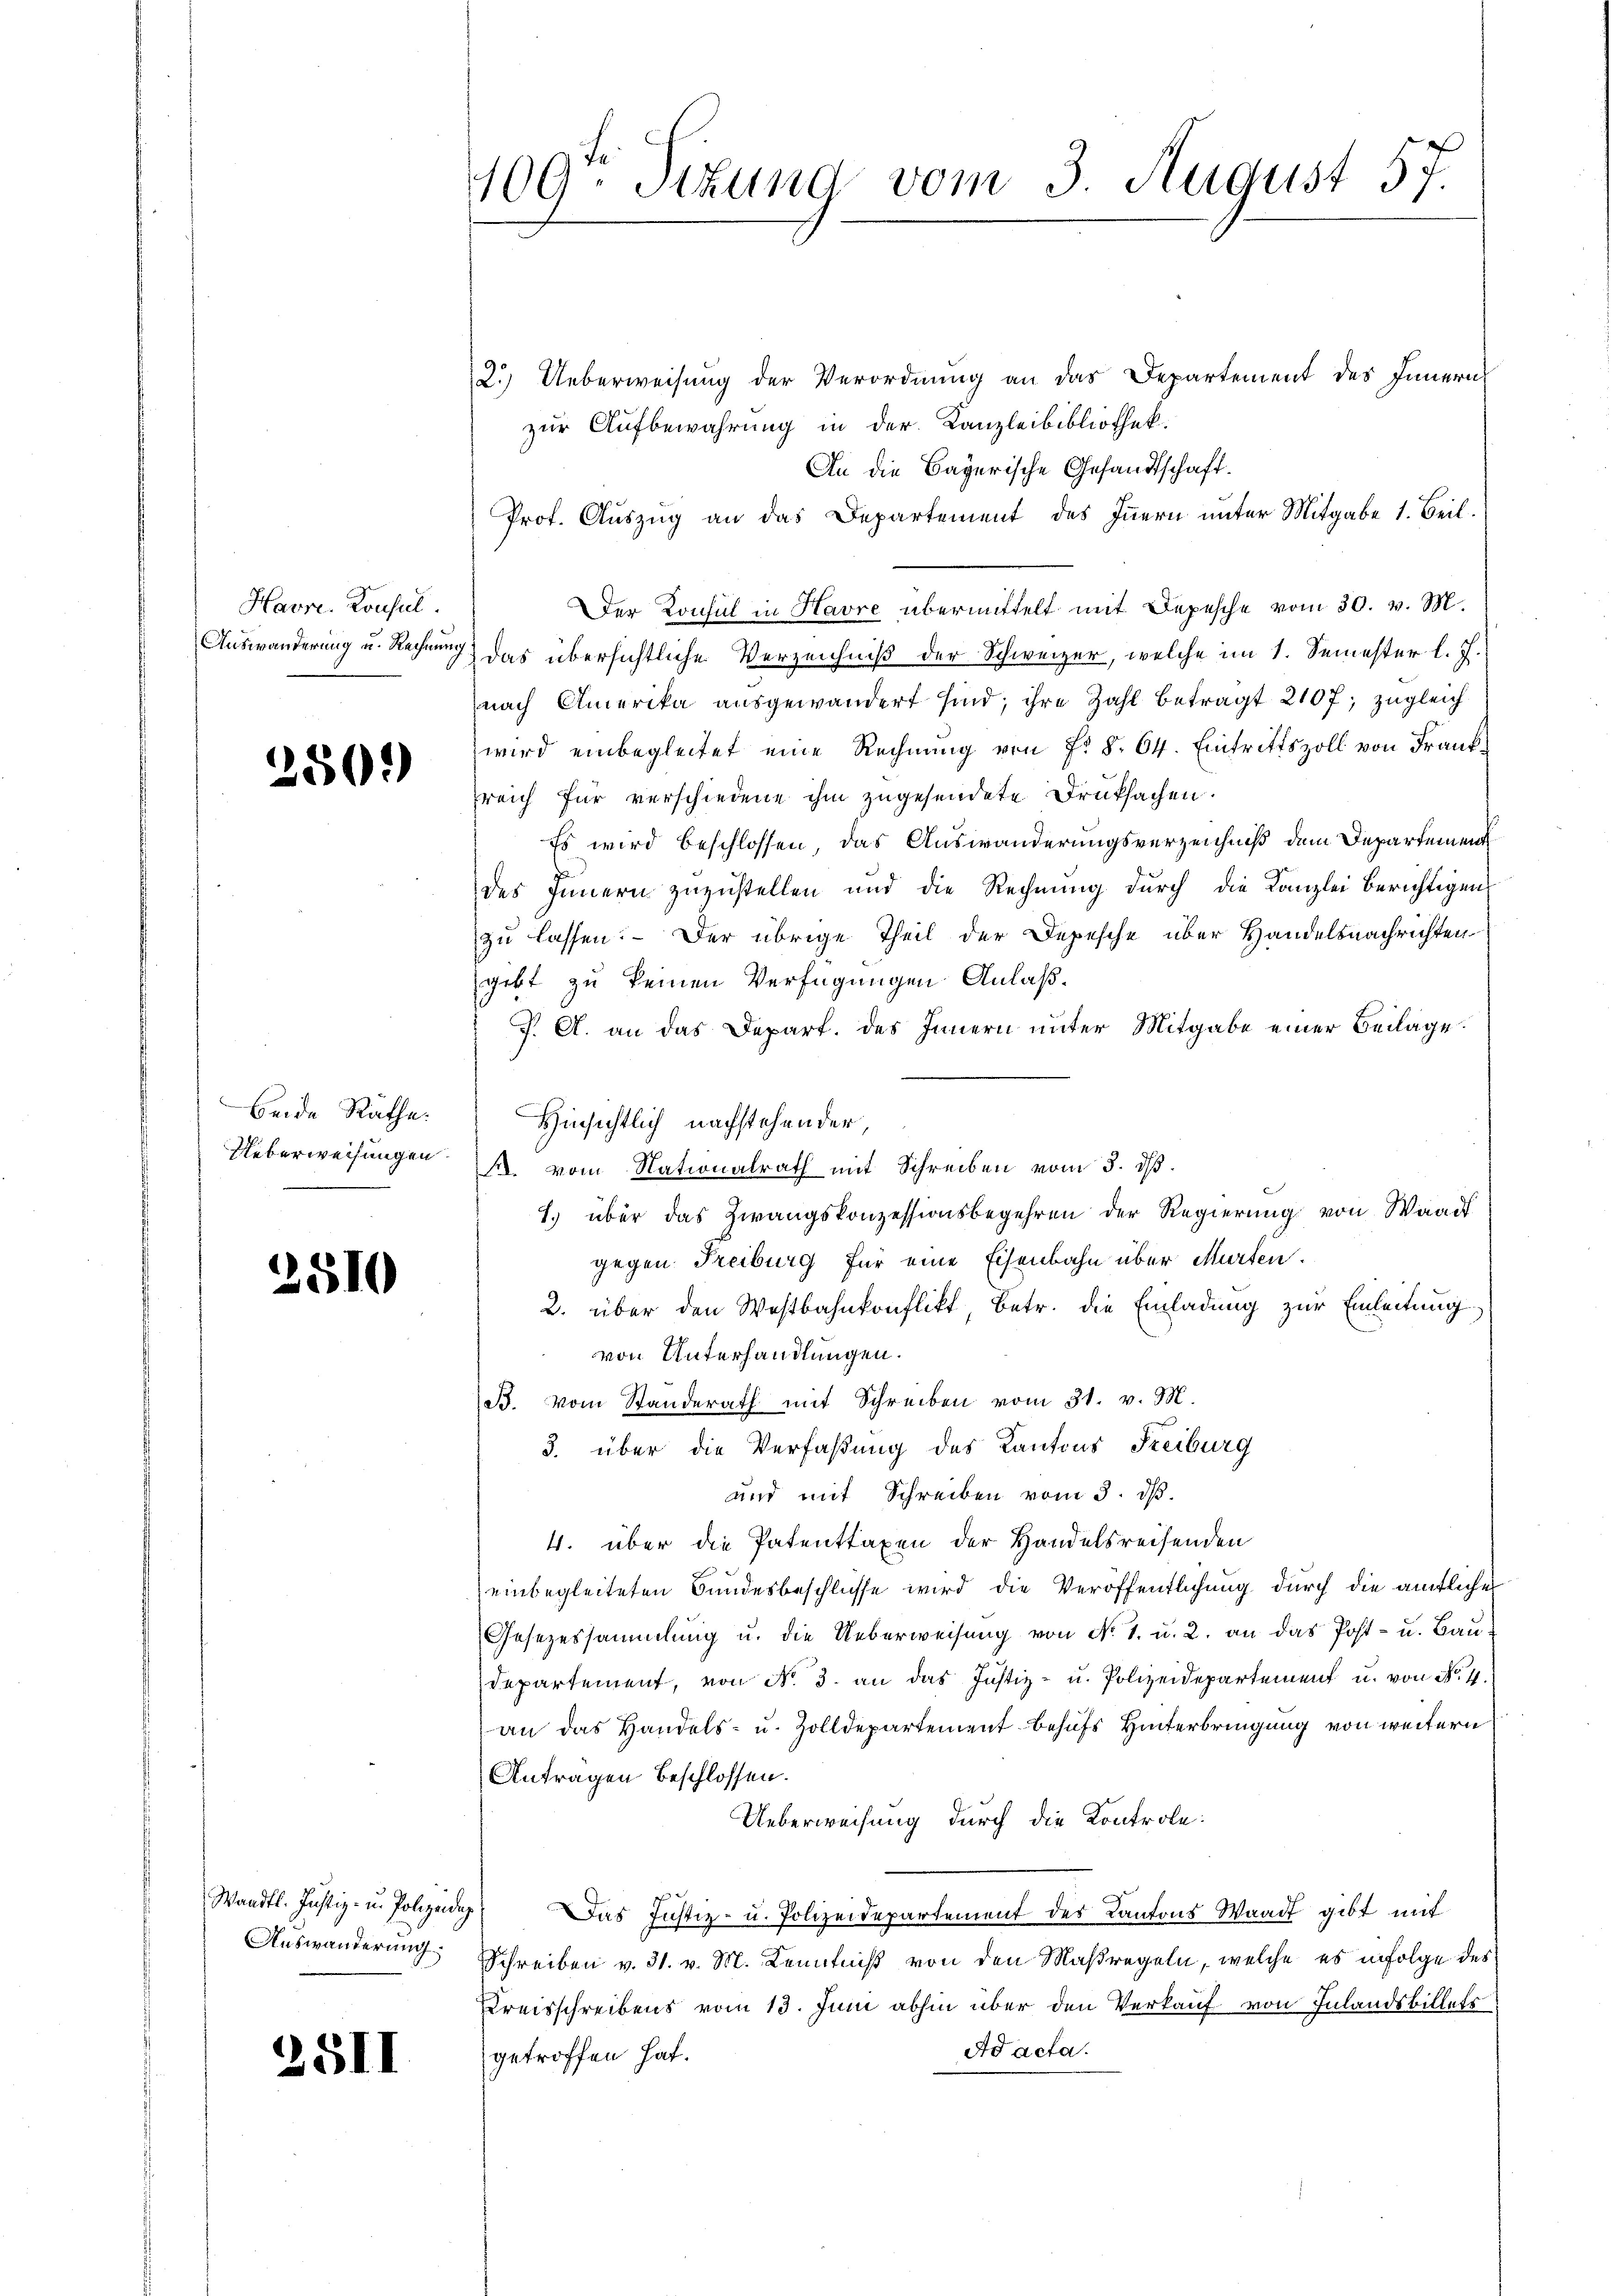
Havre Konsul

250.

beide Räthe:
Ueberweisungen.

2510

Auswanderung

25II

109. Sekung vom 3. August 57.

2.) Ueberweisung der Verordnung an das Departement des Innern,
zur Aufbewahrung in der Kanzleibibliothek.
An die Bayerische Gesandtschaft.
Prof. Auszug an das Departement des Innern unter Mitgabe 1. Beil.
Der Konsul in Havre übermittelt mit Depesche vom 30. v. M.
Auswanderung u. Rechnung das übersichtliche Verzeichniß der Schweizer, welche im 1. Semester l. J.
nach Amerika ausgewandert sind; ihre Zahl beträgt 2107; zugleich
wird einbegleitet eine Rechnung von Fr. §. 64. Eintrittszoll von Frankreich für verschiedene ihm zugesendete Druksachen.
Es wird beschlossen, das Auswanderungsverzeichniß dem Departement
des Innern zuzustellen und die Rechnŭng durch die Kanzlei berichtigen
zu lassen. – Der übrige Theil der Depesche über Handelsnachrichten
gebt zu keinen Verfügungen Anlaß¬
J. A. an das Depart. des Innern unter Mitgabe einer Beilage.
Hinsichtlich nachstehender,
A. vom Nationalrath mit Schreiben vom 3. d.
1.) über das Zwangskonzessionsbegehren der Regierung von Waadt
gegen Freiburg für eine Eisenbahn über Murten.
2. über den Westbahnkonflikt, betr. die Einladung zur Einleitung
von Unterhandlungen.
B. vom Standerath mit Schreiben vom 31. v. M.
3. über die Verfaßung des Kantons Freiburg
und mit Schreiben vom 3. ds.
4. über die Patenttaxen der Handelsreisenden
einbegleiteten Bundesbeschlüsse wird die Veröffentlichung durch die amtliche
Gesezessammlung u. die Ueberweisung von No. 1. u. 2. an das Post- u. Bau¬
Departement, von No. 3. an das Justiz- u. Polizeidepartement u. von No. 4.
an das Handels- u. Zolldepartement behufs Hinterbringung von weitern
Anträgen beschlossen.
Ueberweisung durch die Kontrole:
Waadt. Justiz- u Polizeide. Das Justiz- u. Polizeidepartement des Kantons Waadt gibt mit
Schreiben v. 31. v. M. Kenntniß von den Maßregeln, welche es infolge des
Kreisschreibens vom 13. Juni abhin über den Verkauf von Inlandsbillets
Ad acta.
getroffen hat.